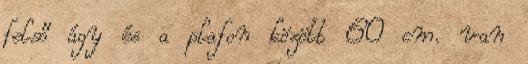
felső ágy és a plafon között 60 cm. van